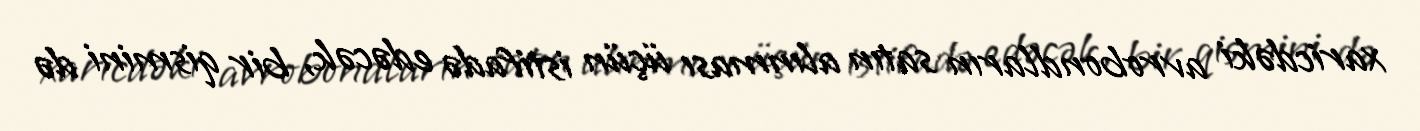
xaricdəki avrobondların satın alınması üçün istifadə edəcək, bir qismini də